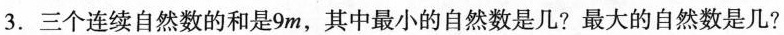
3. 三个连续自然数的和是9m，其中最小的自然数是几? 最大的自然数是几?